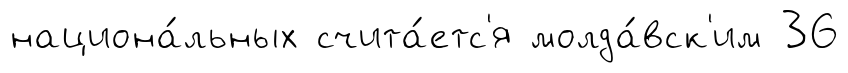
национа́льных счита́етс'я молда́вск'им 36